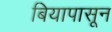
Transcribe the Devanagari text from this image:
बियापासून